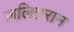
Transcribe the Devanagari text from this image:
ललितराम